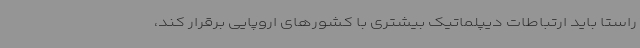
راستا باید ارتباطات دیپلماتیک بیشتری با کشورهای اروپایی برقرار کند،